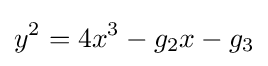
y^{2}=4x^{3}-g_{2}x-g_{3}